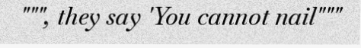
""", they say 'You cannot nail"""